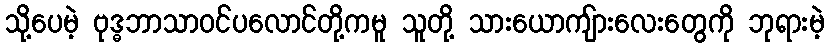
သို့ပေမဲ့ ဗုဒ္ဓဘာသာဝင်ပလောင်တို့ကမူ သူတို့ သားယောကျ်ားလေးတွေကို ဘုရားမဲ့